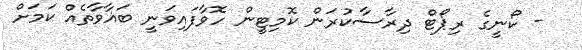
- ކޯނީގެ ރިޕޯޓް ދިރާސާކުރަން ކޮމިޓީން ހޮވާފައިވަނީ ބަޣާވާތެއް ކަމަށް